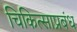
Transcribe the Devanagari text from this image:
चिकित्साप्रबंध